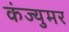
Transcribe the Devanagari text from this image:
कंज्युमर